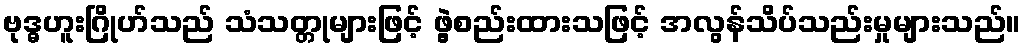
ဗုဒ္ဓဟူးဂြိုဟ်သည် သံသတ္တုများဖြင့် ဖွဲ့စည်းထားသဖြင့် အလွန်သိပ်သည်းမှုများသည်။